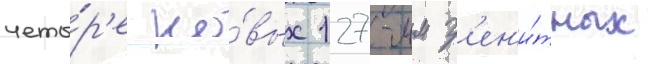
четы́р'е но́вых 127-мм з'ен'и́тных